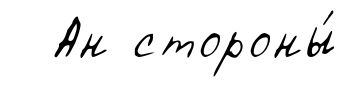
Ан стороны́